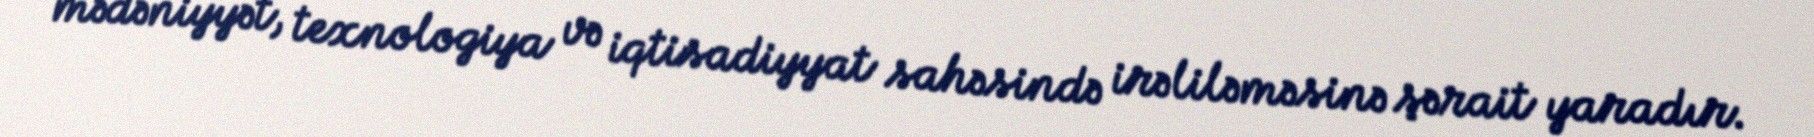
mədəniyyət, texnologiya və iqtisadiyyat sahəsində irəliləməsinə şərait yaradır.